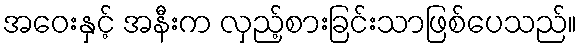
အဝေးနှင့် အနီးက လှည့်စားခြင်းသာဖြစ်ပေသည်။